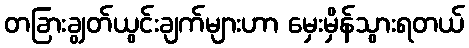
တခြားချွတ်ယွင်းချက်များဟာ မှေးမှိန်သွားရတယ်